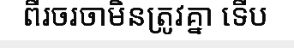
ពីរចរចាមិនត្រូវគ្នា ទើប